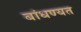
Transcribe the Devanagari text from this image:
बांधण्यत